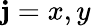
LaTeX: \mathbf{j}=x,y